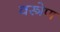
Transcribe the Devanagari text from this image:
वस्त्रेण